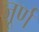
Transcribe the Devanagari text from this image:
जूर्ण